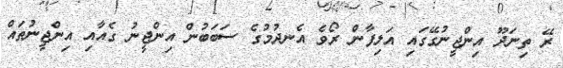
ރޭ ތިނަދޫ އިންޖީނުގޭގައި އަލިފާން ރޯވެ އެނދުމުގެ ސަބަބުން އިންޖީނު ގެއާއި އިންޖީނުތައް